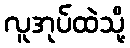
လူအုပ်ထဲသို့